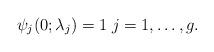
LaTeX: \begin{align*}\psi_j(0; \lambda_j) = 1\;j = 1, \dots, g.\end{align*}